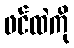
ဖင်ထဲကို